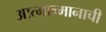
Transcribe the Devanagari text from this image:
आत्मान्मानाची